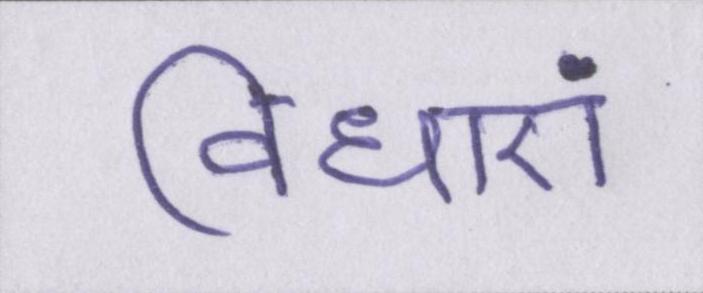
विधाएं